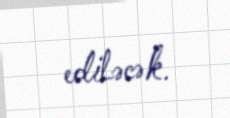
ediləcək.